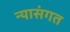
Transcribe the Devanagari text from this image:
न्यासंगत